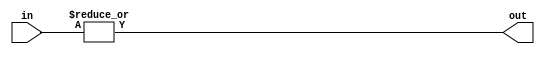
module OR_gate_64 (
    input [63:0] in,
    output out
);

assign out = |in;

endmodule